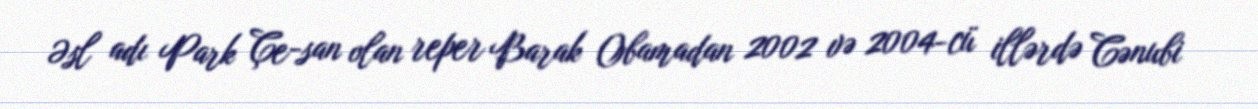
Əsl adı Park Çe-san olan reper Barak Obamadan 2002 və 2004-cü illərdə Cənubi